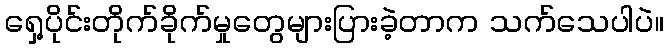
ရှေ့ပိုင်းတိုက်ခိုက်မှုတွေများပြားခဲ့တာက သက်သေပါပဲ။